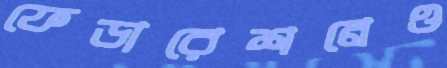
ফেডারেশনেও